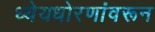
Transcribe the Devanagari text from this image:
ध्येयधोरणांवरून